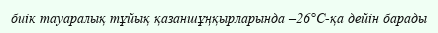
биік тауаралық тұйық қазаншұңқырларында –26°С-қа дейін барады